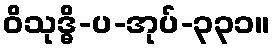
ဝိသုဒ္ဓိ-ပ-အုပ်-၃၃၁။